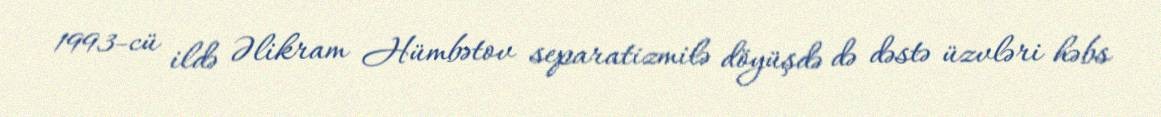
1993-cü ildə Əlikram Hümbətov separatizmilə döyüşdə də dəstə üzvləri həbs